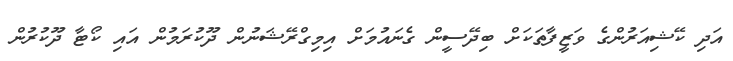
އަދި ކޭޝިއަރުންގެ ވަޒީފާތަކަށް ބިދޭސީން ގެނައުމަށް އިމިގްރޭޝަނުން ދޫކުރަމުން އައި ކޯޓާ ދޫކުރުން